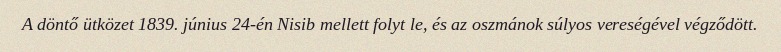
A döntő ütközet 1839. június 24-én Nisib mellett folyt le, és az oszmánok súlyos vereségével végződött.